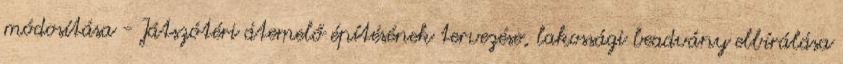
módosítása - Játszótéri átemelő építésének tervezése, lakossági beadvány elbírálása